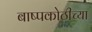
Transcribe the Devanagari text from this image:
बाष्पकोठीच्या